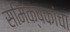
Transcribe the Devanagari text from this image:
समिक्षकांचा